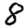
Digit: 8